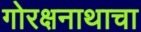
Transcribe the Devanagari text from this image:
गोरक्षनाथाचा